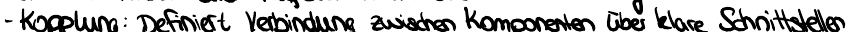
- Kopplung: Definiert Verbindung zwischen Komponenten über klare Schnittstellen